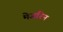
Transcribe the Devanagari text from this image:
मेजरिन